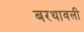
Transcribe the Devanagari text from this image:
बरथावली